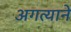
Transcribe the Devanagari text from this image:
अगत्याने